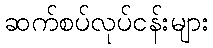
ဆက်စပ်လုပ်ငန်းများ